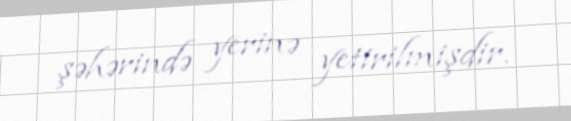
şəhərində yerinə yetirilmişdir.